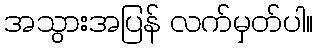
အသွားအပြန် လက်မှတ်ပါ။